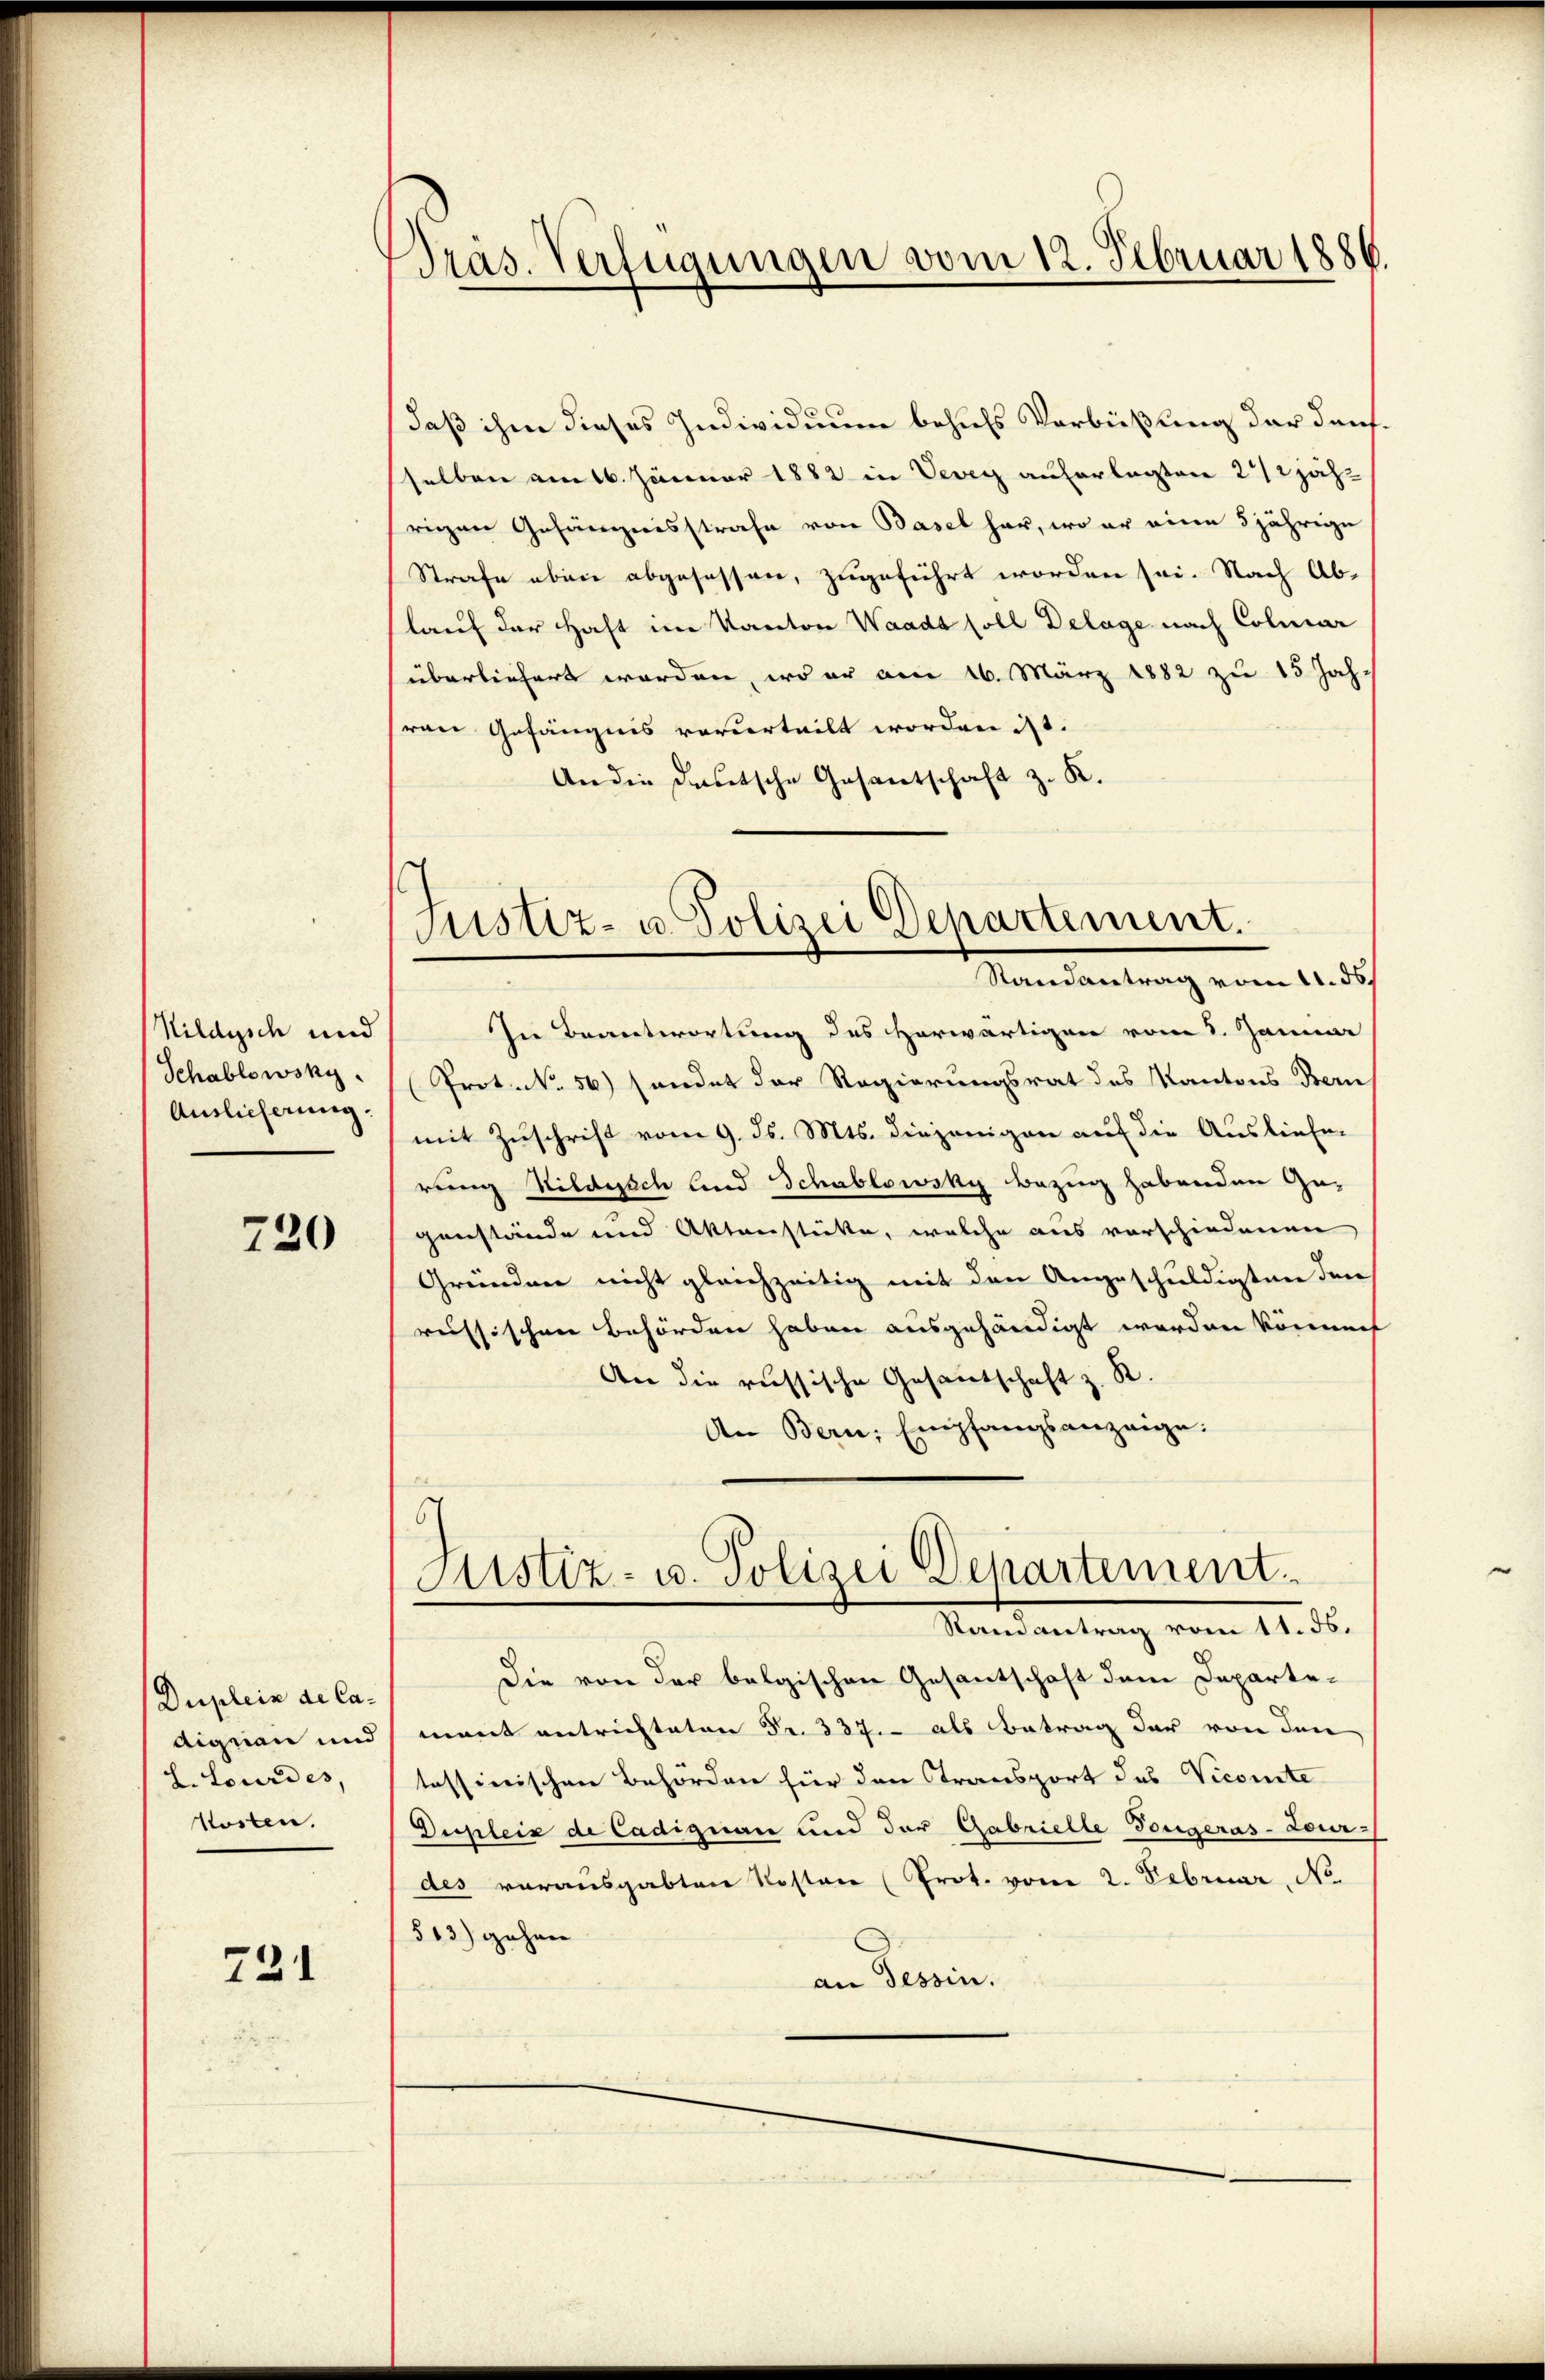
Nildysch und
Schablowsky.
Auslieferung.

720

Duplein de Ca¬
Aignen und
L. Lourdes,
Kosten.

721

Präs. Verfügungen vom 12. Februar 1886.

Justiz- u. Polizei Departement.
Randantrag vom 11. ds.

daß ihm dieses Individuum behufs Verbüßung der danfselben am 16. Jänner 1882 in Vevey auferlegten 22/2 jährigen Gefängnisstrafe von Basel har, wo er eine 5 jährige
Strafe eben abgesessen, zugeführt worden sei. Nach Ablauf der Haft im Kanton Waadt soll Delage nach Colmar
überliefert worden, wo er am 16. März 1882 zu 15 Jahvan Gefängnis vorderteilt worden ist.
An die Deutsche Gesantschaft z. K.
In Beantwortung des Horwärtigen vom 8. Januar
(Prot. N. 56) sendet der Regierungsrat des Kantons Bern
mit Zuschrift vom 9. ds. Mts. diejenigen auf die Ausliefe-
rung Hildesich und Schablowsky bezug habenden Ge-
genstände und Aktenstätte, welche aus vorschiedenen
Gründen nicht gleichzeitig mit den Angeschuldigten den
russischen Behörden haben ausgehändigt werden könneet
An die russische Gesantschaft z. R.
An Bern, Empfangsanzeige.
Justiz- u. Polizei Departement
Stand antrag vom 11. d.
Die von der belgischen Gesantschaft dem Departemant entrichteten Fr. 337. - als Betrag der von den
tessinischen Behörden für den Transport des Vicomite
Dupleis de Cadiguan und der Gabrielle Tongeras-Lour-
des vorausgabten Kosten (Prot. vom 2. Februar, No.
513) gehen
an Tessin.